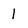
Character: 1